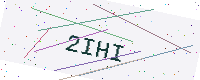
Text: 2IHI